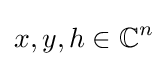
x,y,h\in \mathbb {C} ^{n}